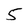
Character: 5